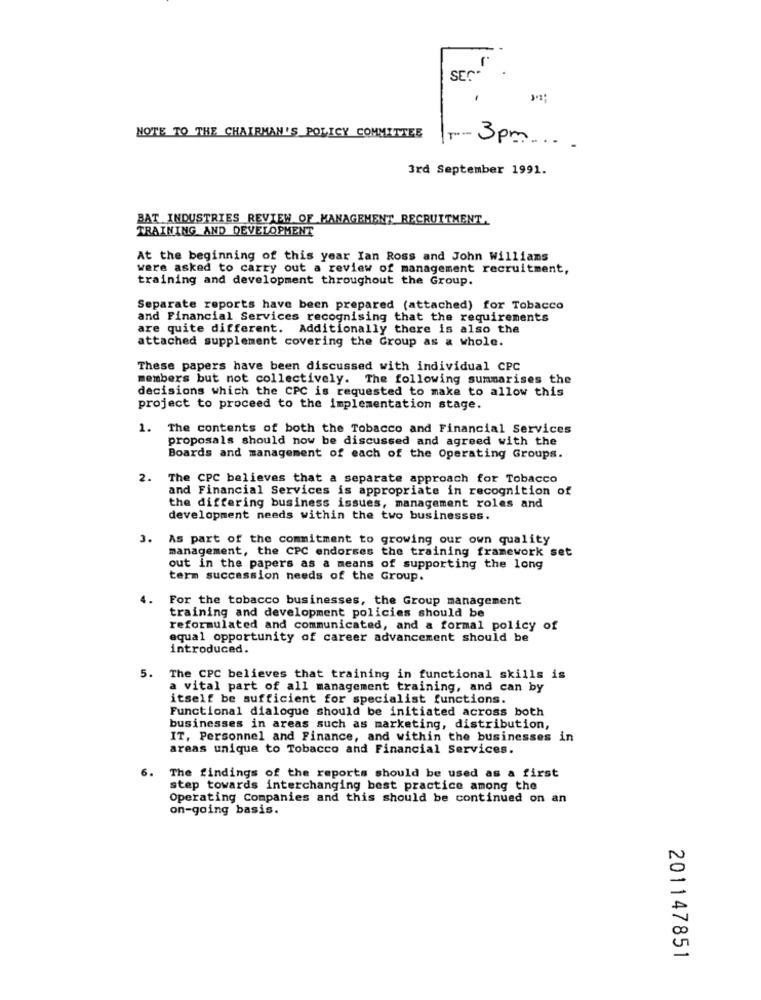
SEC.
NOTE TO THE CHAIRMAN'S POLICY COMMITTEE
IT-3pm ....
3rd September 1991.
BAT INDUSTRIES REVIEW OF MANAGEMENT RECRUITMENT.
TRAINING AND DEVELOPMENT
At the beginning of this year Ian Ross and John williams
were asked to carry out a review of management recruitment,
training and development throughout the Group.
Separate reports have been prepared (attached) for Tobacco
and Financial Services recognising that the requirements
are quite different. Additionally there is also the
attached supplement covering the Group as a whole.
These papers have been discussed with individual CPC
members but not collectively. The following summarises the
decisions which the CPC is requested to make to allow this
project to proceed to the implementation stage.
1. The contents of both the Tobacco and Financial Services
proposals should now be discussed and agreed with the
Boards and management of each of the Operating Groups.
2.
The CPC believes that a separate approach for Tobacco
and Financial Services is appropriate in recognition of
the differing business issues, management roles and
development needs within the two businesses.
3. As part of the commitment to growing our own quality
management, the CPC endorses the training framework set
out in the papers as a means of supporting the long
term succession needs of the Group.
For the tobacco businesses, the Group management
training and development policies should be
reformulated and communicated, and a formal policy of
equal opportunity of career advancement should be
introduced.
5. The CPC believes that training in functional skills is
a vital part of all management training, and can by
itself be sufficient for specialist functions.
Functional dialogue should be initiated across both
businesses in areas such as marketing, distribution,
IT, Personnel and Finance, and within the businesses in
areas unique to Tobacco and Financial Services.
6.
The findings of the reports should be used as a first
step towards interchanging best practice among the
Operating Companies and this should be continued on an
on-going basis.
201147851